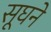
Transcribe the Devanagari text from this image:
सूघने